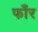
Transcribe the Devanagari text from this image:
फाँर